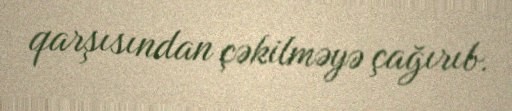
qarşısından çəkilməyə çağırıb.